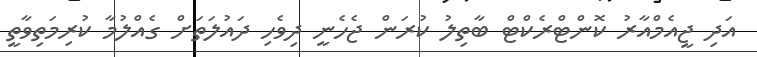
އަދި ޖީއެމްއާރު ކޮންޓްރެކްޓް ބާތިލު ކުރަން ޖެހެނީ ދިވެހި ދައުލަތަށް ގެއްލުމާ ކުރިމަތިވާތީ